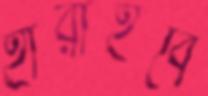
হারাইবে